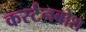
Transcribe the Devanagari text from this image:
कर्स्‍टनबोश